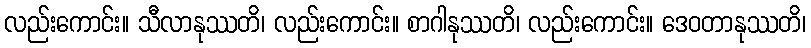
လည်းကောင်း။ သီလာနုဿတိ၊ လည်းကောင်း။ စာဂါနုဿတိ၊ လည်းကောင်း။ ဒေဝတာနုဿတိ၊